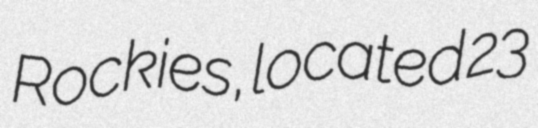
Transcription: Rockies, located 23